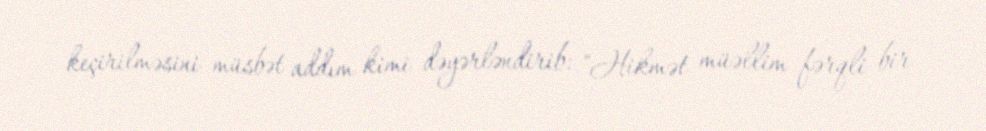
keçirilməsini müsbət addım kimi dəyərləndirib: "Hikmət müəllim fərqli bir